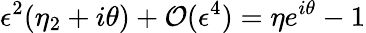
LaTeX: \epsilon^{2}(\eta_{2}+i\theta)+\mathcal{O}(\epsilon^{4})=\eta e^{i\theta}-1